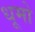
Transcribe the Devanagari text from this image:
धूमो